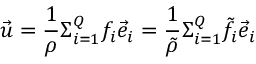
\vec { u } = \frac { 1 } { \rho } \Sigma _ { i = 1 } ^ { Q } f _ { i } \vec { e } _ { i } = \frac { 1 } { \Tilde { \rho } } \Sigma _ { i = 1 } ^ { Q } \Tilde { f } _ { i } \vec { e } _ { i }